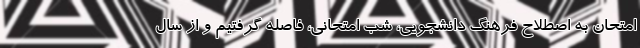
امتحان به اصطلاح فرهنگ دانشجویی، شب امتحانی، فاصله گرفتیم و از سال